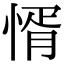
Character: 㥠